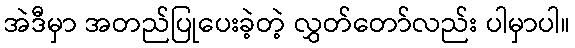
အဲဒီမှာ အတည်ပြုပေးခဲ့တဲ့ လွှတ်တော်လည်း ပါမှာပါ။